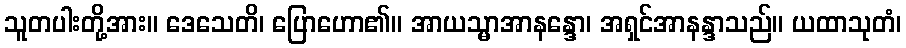
သူတပါးတို့အား။ ဒေသေတိ၊ ပြောဟော၏။ အာယသ္မာအာနန္ဒော၊ အရှင်အာနန္ဒာသည်။ ယထာသုတံ၊